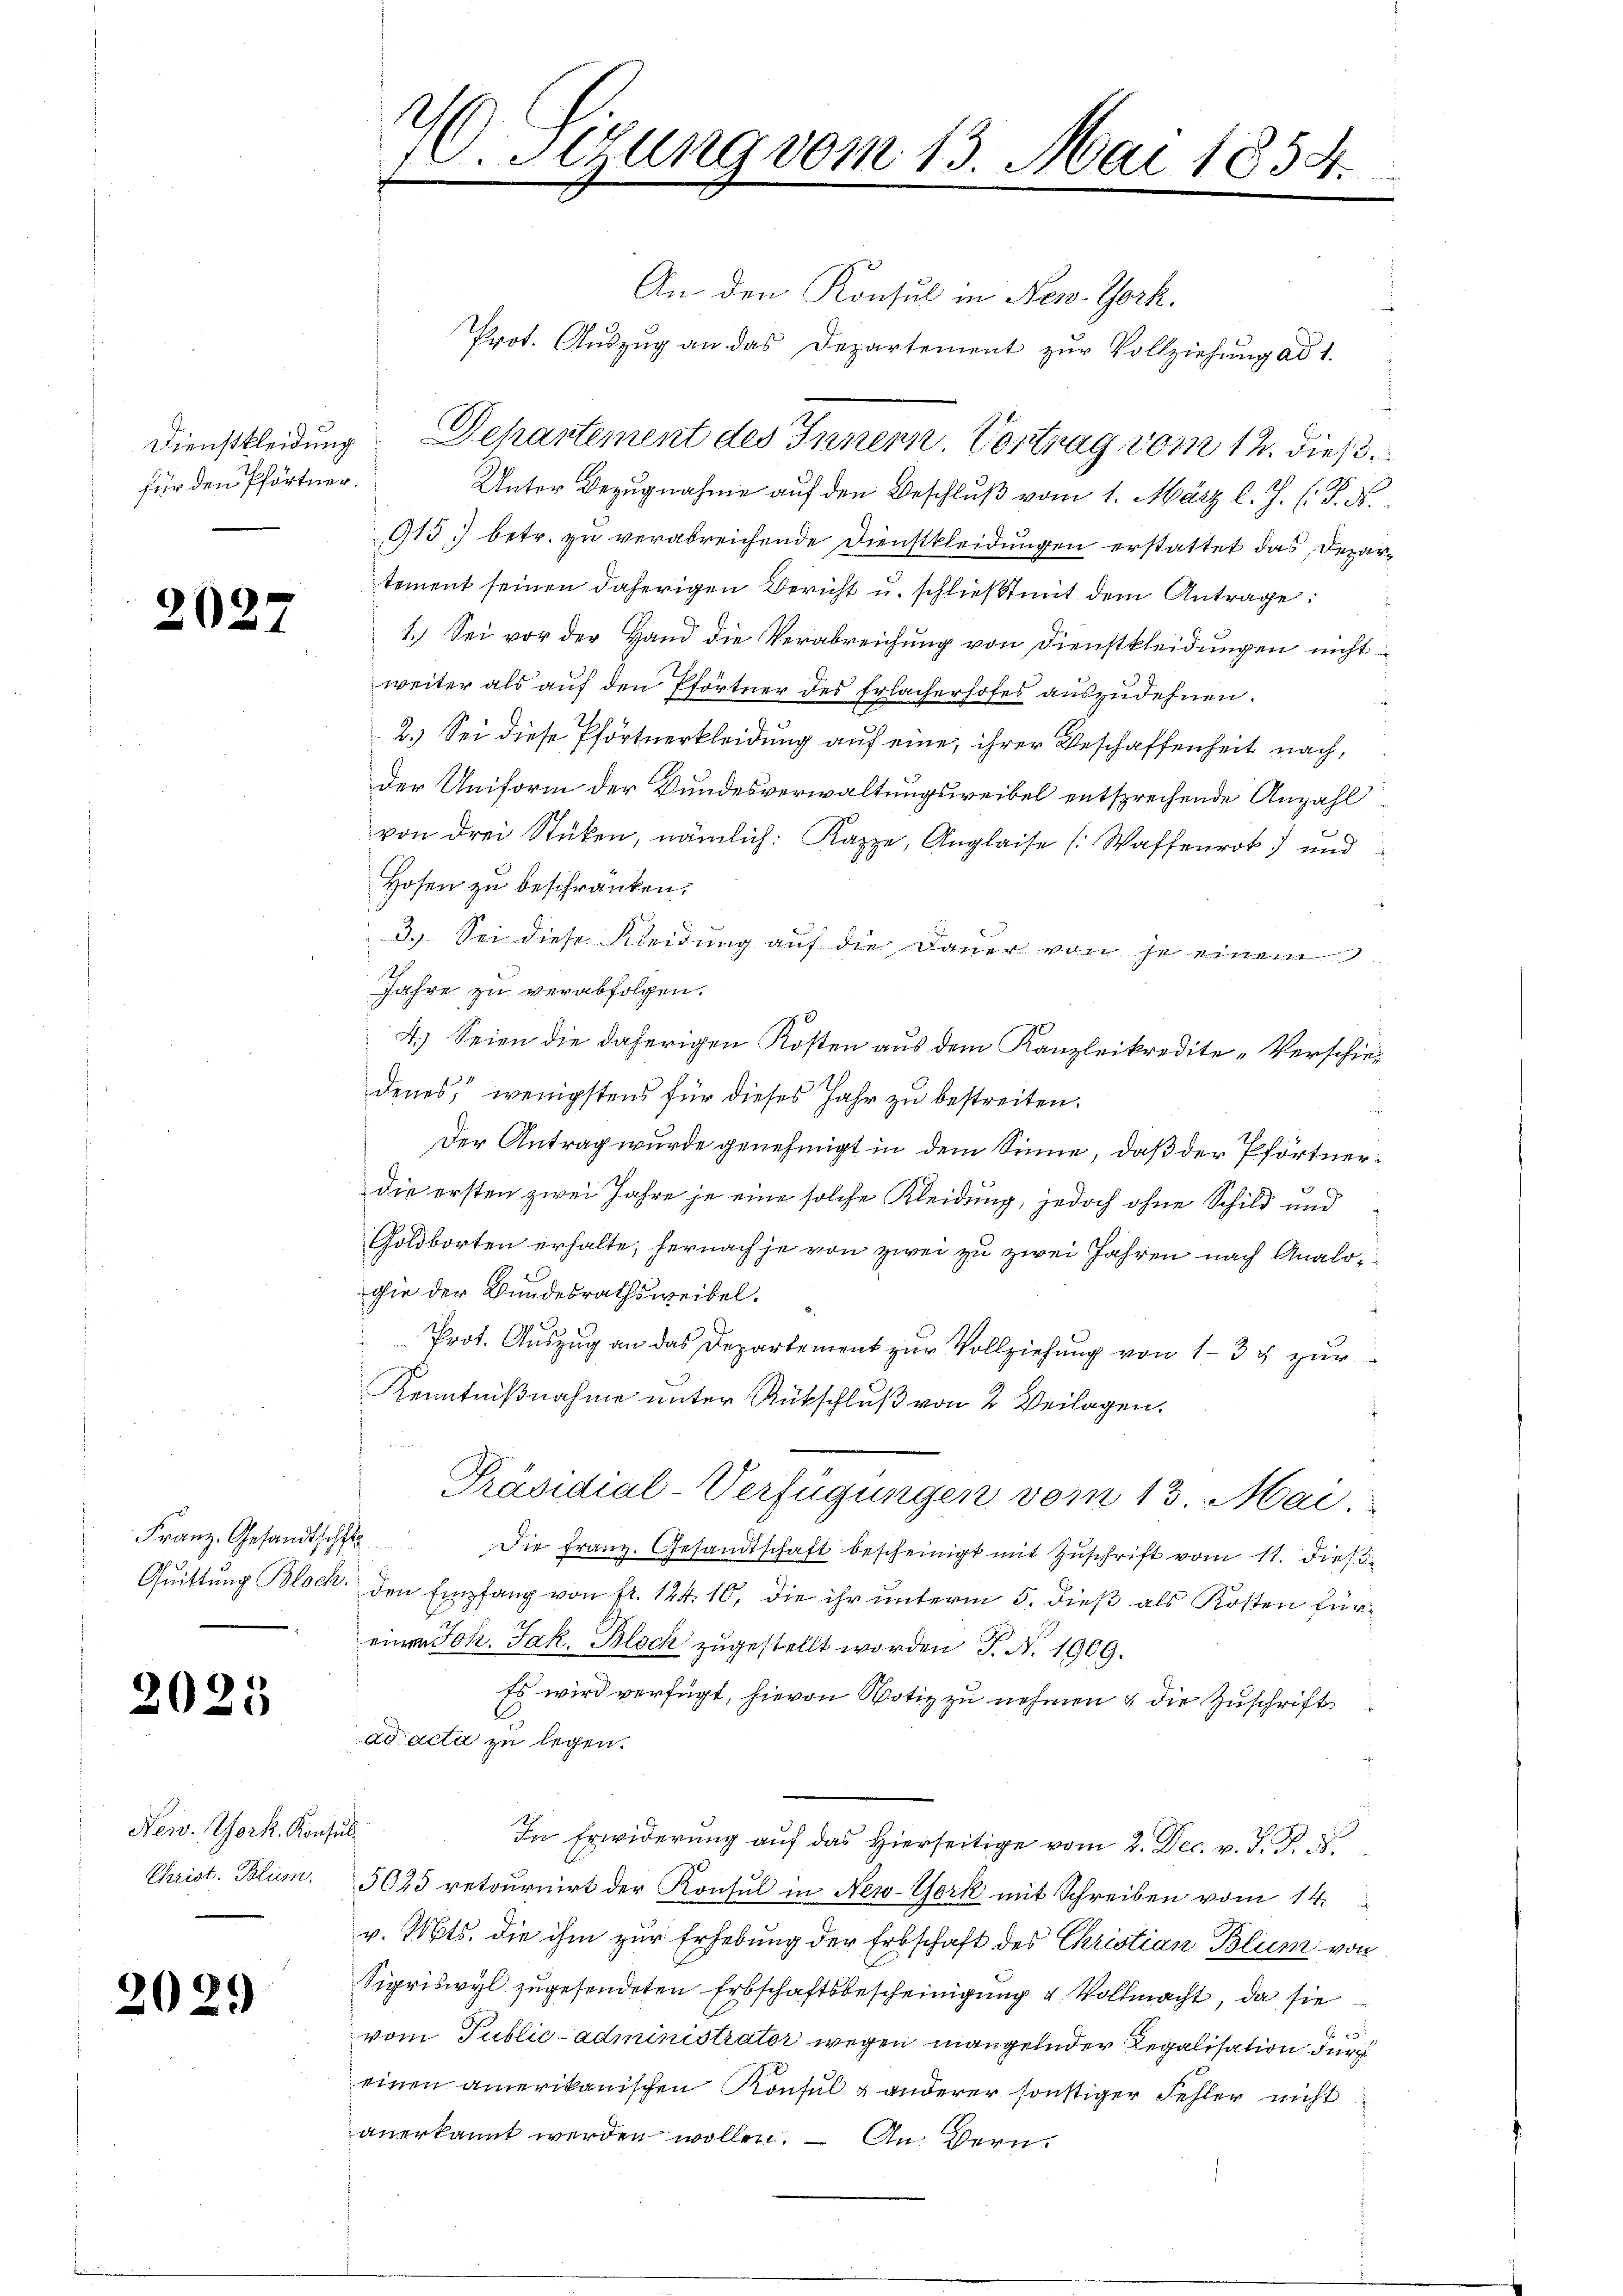
für den Pförtner.

2025

2025

New York. Konz
Christ. Blum.

2029

20. Setzung vom 13. Mai 1854.

An den Konsul in New-York,
Prot. Aŭszŭg an das Departement zŭr Vollziehung ad 1.
Dienstkleidung Departement des Innern. Vortrag vom 12. dieß
Unter Bezugnahme auf den Beschluß vom 1. März l. J. (T. N.
913) betr. zu verabreichende Dienstkleidungen erstattet das Departement seinen daherigen Bericht u. schließt mit dem Antrage:
1.) Sei vor der Hand die Verabreichung von Dienstkleidungen nicht
weiter als auf den Pförtner des Erlacherhofes auszudehnen.
2.) Sei diese Pförtnerkleidung auf eine, ihrer Beschaffenheit nach,
der Uniform der Bundesverwaltungsweibel entsprechende Anzahl
von drei Stücken, nämlich: Kappe, Anglaise [Waffenrok) und
Hosen zu beschränken.
3.) Sei diese Kleidung auf die Dauer von je einem
Ah
Jahre zu verabfolgen.
4.) Seien die daherigen Kosten aus dem Kanzleikredite-Verschied
denes, wenigstens für dieses Jahr zu bestreiten.
Der Antrag wurde genehmigt in dem Sinne, daß der Pförtnerdie ersten zwei Jahre je eine solche Kleidung, jedoch ohne Schild und
Goldborten erhalte, hernach je von zwei zu zwei Jahren nach Analogie der Bundesrathsweibel.
Prot. Auszug an das Departement zur Vollziehung von 13 & zur
Kenntnißnahme unter Rückschluß von 2 Beilagen.
Präsidial-Verfügungen vom 13. Mai.
Franz. Gesandtscht die Franz. Gesandtschaft bescheinigt mit Zuschrift vom 11. dieß¬
Quittung Block, den Empfang von fr. 124. 10, die ihr unterm 5. dieß als Kosten füreinen Joh. Jak. Bloch zugestellt worden P. N. 1909.
Es wird verfügt, hievon Notiz zu nehmen & die Zuschrift
ad acta zu legen.
d
In Erwiderung auf das Hierseitige vom 2. Dec. v. J. J.
5023 retournirt der Konsul in New-York mit Schreiben vom 14.
v. Mts. die ihm zur Erhebung der Erbschaft des Christian Blum von
Sigriswyl zugesendeten Erbschaftsbescheinigung u Vollmacht, da sie
vom Public-administrator wegen mangelnder Regalisation durch
einen amerikanischen Konsul & anderer sonstiger Fehler nicht
anerkannt werden wollen. – An Vern